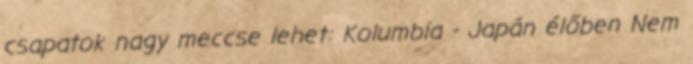
csapatok nagy meccse lehet: Kolumbia - Japán élőben Nem